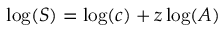
\log ( S ) = \log ( c ) + z \log ( A )